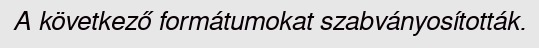
A következő formátumokat szabványosították.